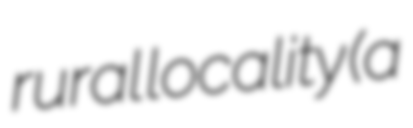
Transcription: rural locality (a